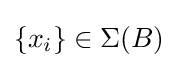
\left\{x_{i}\right\}\in \Sigma (B)